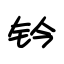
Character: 钤